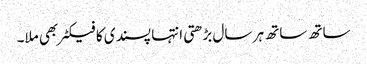
ساتھ ساتھ ہر سال بڑھتی انتہا پسندی کا فیکٹر بھی ملا۔